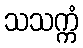
သသက္ကံ